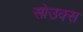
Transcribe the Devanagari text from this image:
सोउक्स